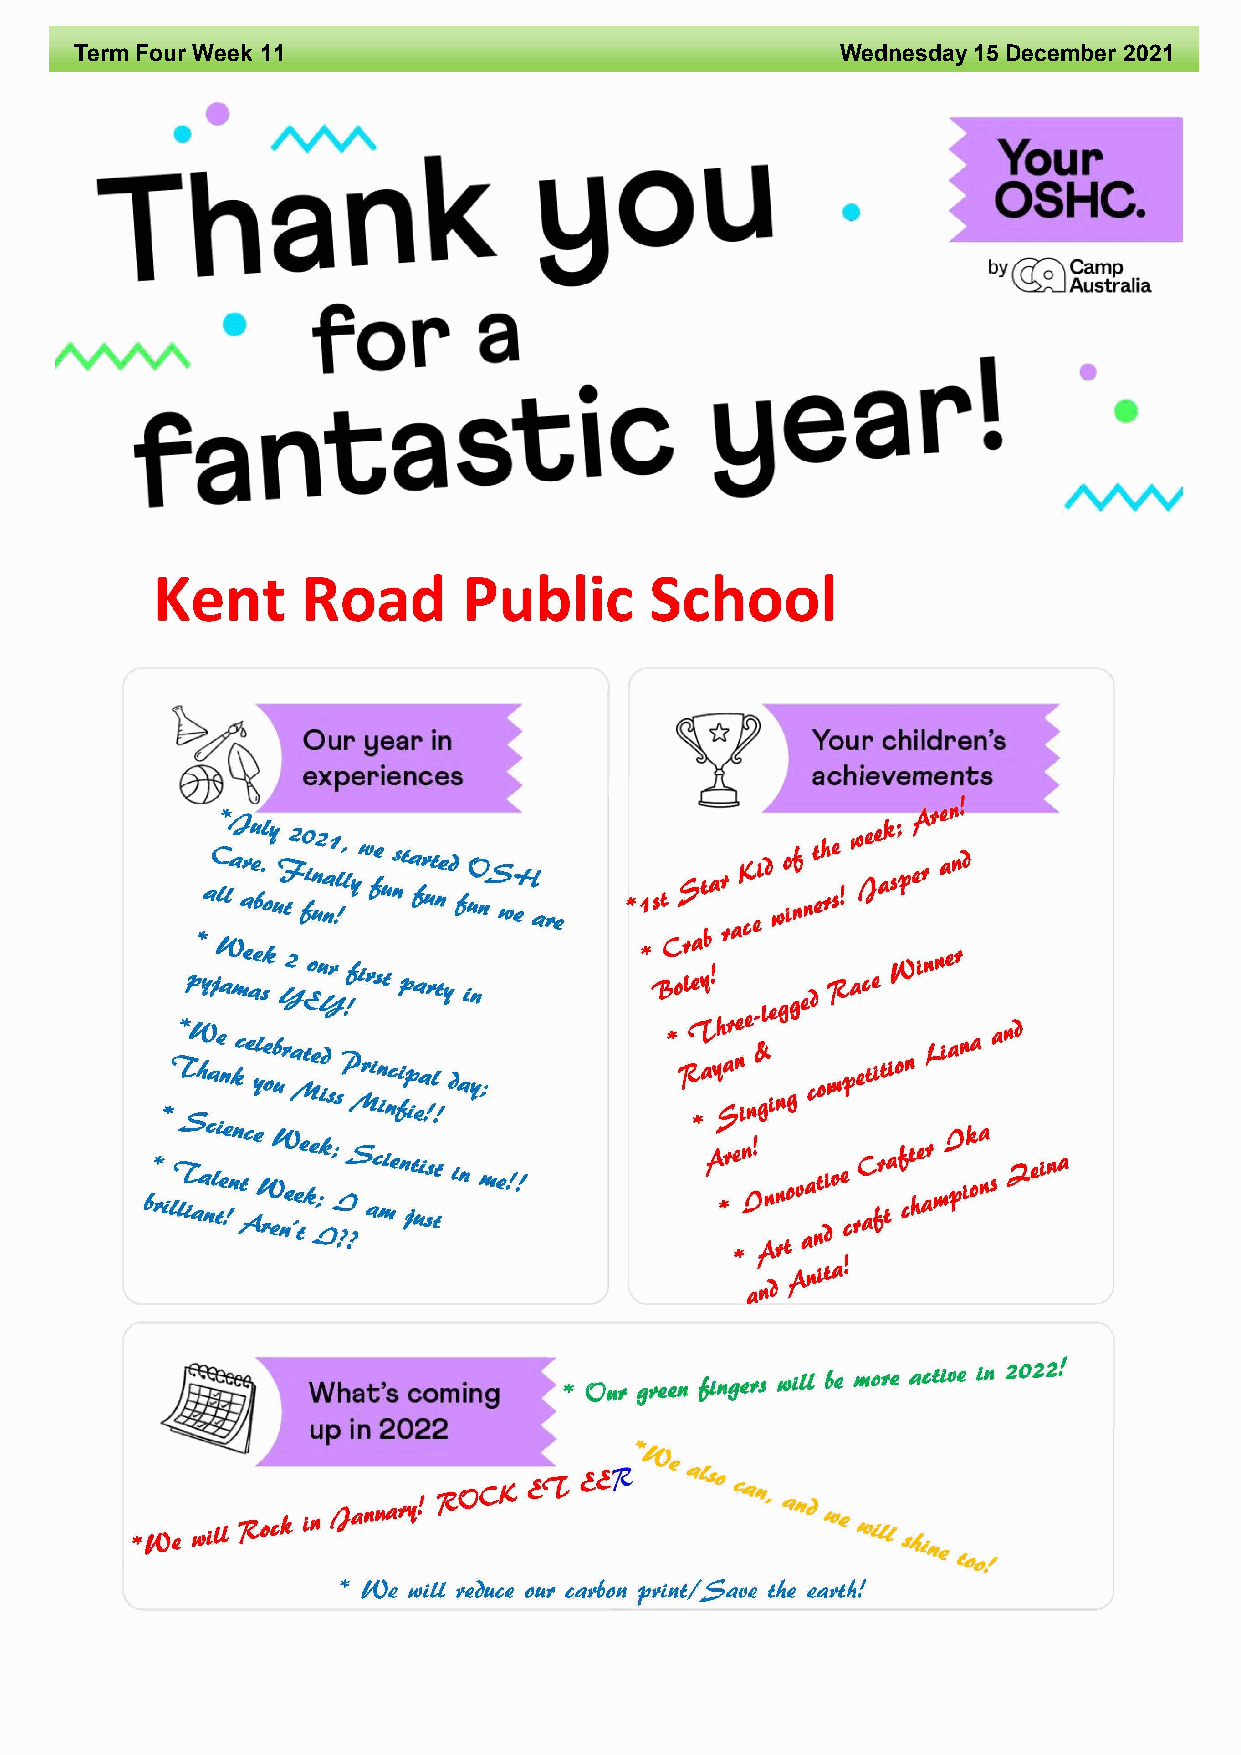
Term Four Week 11                                  Wednesday 15 December 2021